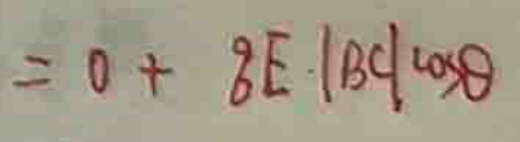
$= 0 + 8 E \cdot \vert B C \vert \cos \theta$